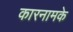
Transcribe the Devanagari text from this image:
कारनामके